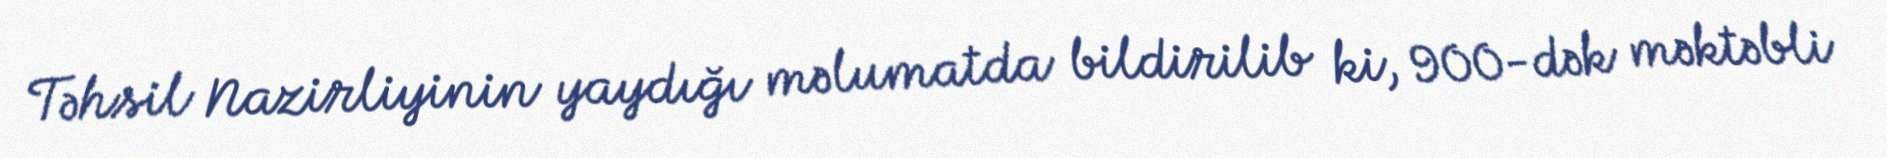
Təhsil Nazirliyinin yaydığı məlumatda bildirilib ki, 900-dək məktəbli